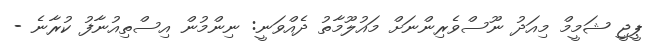
ޕީޖީ ޝަމީމް މިއަދު ނޫސްވެރިންނަށް މައުލޫމާތު ދެއްވަނީ: ނިންމުން އިސްތިއުނާފު ކުރާނެ -